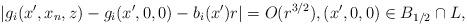
LaTeX: \begin{align*}|g_i(x', x_n, z)-g_i(x', 0,0) -b_i(x') r| = O(r^{3/2}), (x',0,0) \in B_{1/2} \cap L,\end{align*}